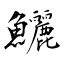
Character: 鱺